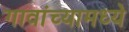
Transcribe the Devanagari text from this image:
गावांच्यामध्ये